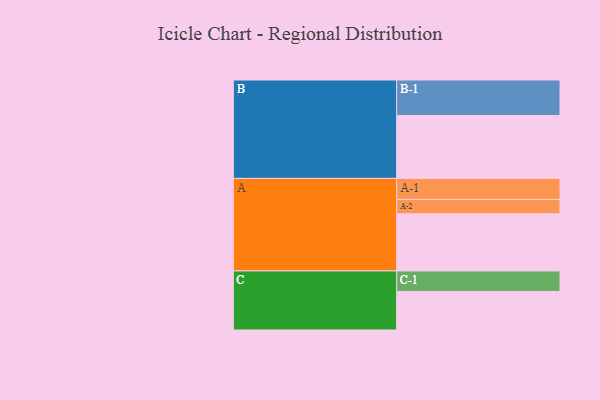
{"axis": {"x": "Segment", "y": "Value"}, "legend": ["", "A", "B", "C"], "data": [{"x": "A", "y": 446, "type": ""}, {"x": "B", "y": 491, "type": ""}, {"x": "C", "y": 301, "type": ""}, {"x": "A-1", "y": 164, "type": "A"}, {"x": "A-2", "y": 112, "type": "A"}, {"x": "B-1", "y": 277, "type": "B"}, {"x": "C-1", "y": 160, "type": "C"}]}